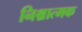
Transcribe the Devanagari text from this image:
निश्चात्मक